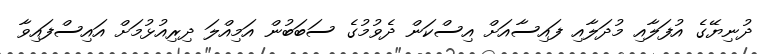
ދުނިޔޭގެ އުފަލާއި މުދަލާއި ފައިސާއަށް އިސްކަން ދެވުމުގެ ސަބަބުން އަމިއްލަ ދިރިއުޅުމަށް އައިސްފައިވާ